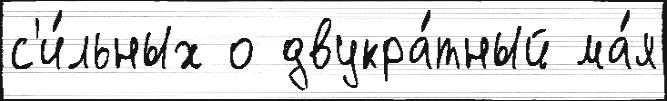
с'и́льных о двукра́тный ма́я